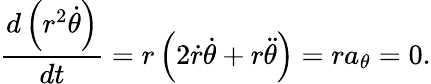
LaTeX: {\frac{d\left(r^{2}{\dot{\theta}}\right)}{dt}}=r\left(2{\dot{r}}{\dot{\theta}}+r{\ddot{\theta}}\right)=ra_{\theta}=0.